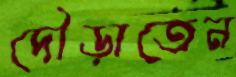
দৌড়াতেন